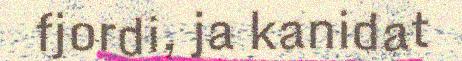
fjordi, ja kanidat